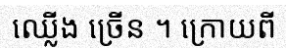
ឈ្លើង ច្រើន ។ ក្រោយពី